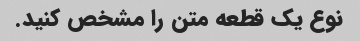
نوع یک قطعه متن را مشخص کنید.